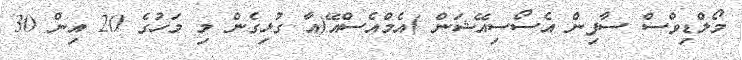
މޯލްޑިވްސް ސާފިން އެސޯސިއޭޝަން )އެމްއެސްއޭ(އާ ގުޅިގެން މި މަހުގެ 20 އިން 30